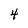
Character: 4